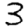
Digit: 3